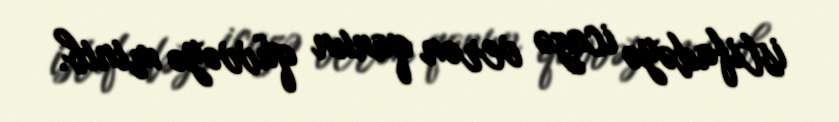
istifadəyə icazə verən qanun qüvvəyə minib.